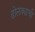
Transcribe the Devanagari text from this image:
ढोलक्याची